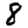
Digit: 8